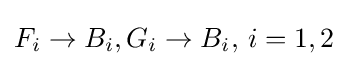
F_{i}\to B_{i},G_{i}\to B_{i},\,i=1,2